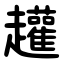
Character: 䟒